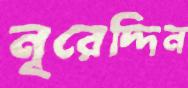
নূরেদ্দিন